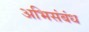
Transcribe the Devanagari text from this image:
अभिसंबंध